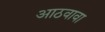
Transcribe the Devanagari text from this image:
आठवावा